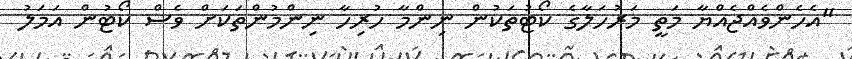
"އެހެންވެއްޖެއްޔާ މަތީ މަރުހަލާގެ ކޯޓުތަކުން ނިންމާ ހުރިހާ ނިންމުންތަކަށް ވެސް ކޯޓުން އަމަލު